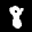
Label: 8